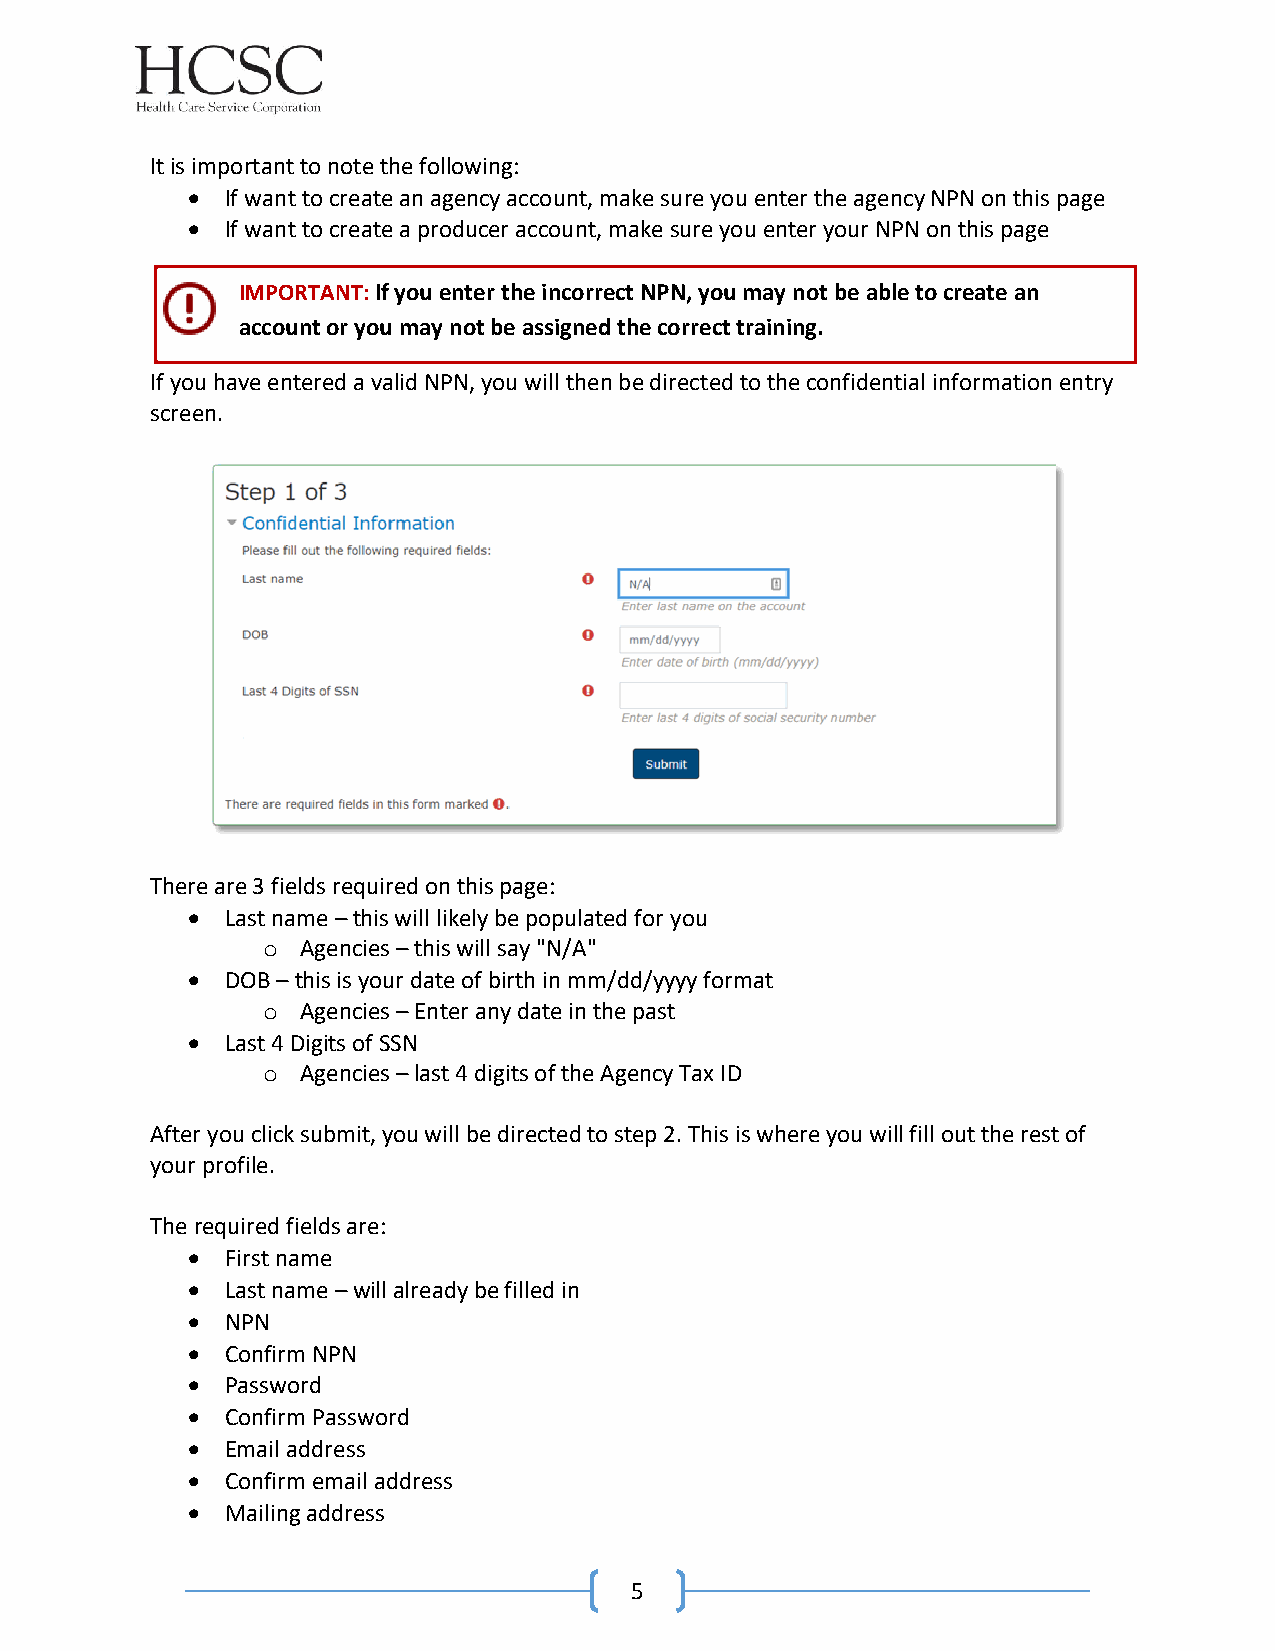
It is important to note the following:
   If want to create an agency account, make sure you enter the agency NPN on this page
   If want to create a producer account, make sure you enter your NPN on this page
 IMPORTANT: If you enter the incorrect NPN, you may not be able to create an
 account or you may not be assigned the correct training.
 If y ou have entered a valid NPN, you will then be directed to the confidential information entry
 screen.
 There are 3 fields required on this page:
   Last name – this will likely be populated for you
 o  Agencies – this will say "N/A"
   DOB – this is your date of birth in mm/dd/yyyy format
 o  Agencies – Enter any date in the past
   Last 4 Digits of SSN
 o  Agencies – last 4 digits of the Agency Tax ID
 After you click submit, you will be directed to step 2. This is where you will fill out the rest of
 your profile.
 The required fields are:
   First name
   Last name – will already be filled in
   NPN
   Confirm NPN
   Password
   Confirm Password
   Email address
   Confirm email address
   Mailing address
 5